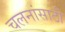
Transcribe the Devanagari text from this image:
चलनांसाठी